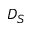
D _ { S }